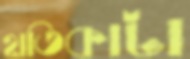
হাতিকাটা